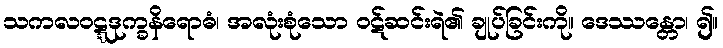
သကလဝဋ္ဋဒုက္ခနိရောဓံ၊ အလုံးစုံသော ဝဋ်ဆင်းရဲ၏ ချုပ်ခြင်းကို။ ဒေဿန္တော၊ ၍။